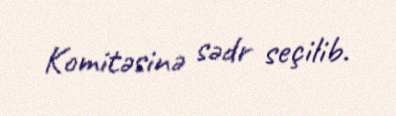
Komitəsinə sədr seçilib.